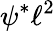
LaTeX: \psi^{*}\ell^{2}